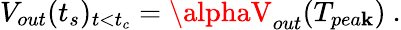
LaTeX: V_{out}(t_{s})_{t<t_{c}}=\alphaV_{out}(T_{pea\mathbf{k}})~.